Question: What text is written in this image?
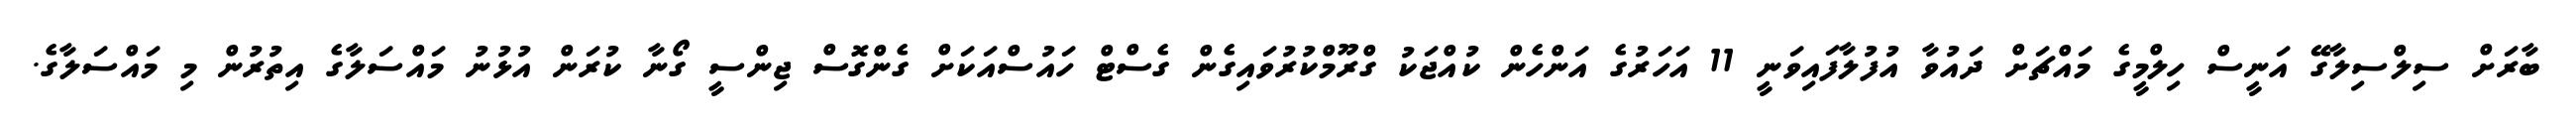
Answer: ބާރަށް ސިލްސިލާގޭ އަނީސް ހިލްމީގެ މައްޗަށް ދައުވާ އުފުލާފައިވަނީ 11 އަހަރުގެ އަންހެން ކުއްޖަކު ގްރޫމްކުރުވައިގެން ގެސްޓް ހައުސްއަކަށް ގެންގޮސް ޖިންސީ ގޯނާ ކުރަން އުޅުނު މައްސަލާގެ އިތުރުން މި މައްސަލާގެ.